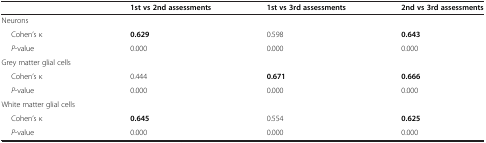
|  | 1st vs 2nd assessments | 1st vs 3rd assessments | 2nd vs 3rd assessments |
 | --- | --- | --- | --- |
 | Neurons |  |  |  |
 | Cohen’s κ | 0.629 | 0.598 | 0.643 |
 | P-value | 0.000 | 0.000 | 0.000 |
 | Grey matter glial cells |  |  |  |
 | Cohen’s κ | 0.444 | 0.671 | 0.666 |
 | P-value | 0.000 | 0.000 | 0.000 |
 | White matter glial cells |  |  |  |
 | Cohen’s κ | 0.645 | 0.554 | 0.625 |
 | P-value | 0.000 | 0.000 | 0.000 |